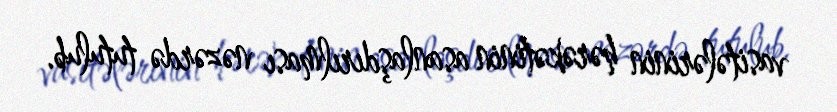
vasitələrinin hərəkətinin asanlaşdırılması nəzərdə tutulub.